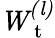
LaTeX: \mathit{W_{\mathrm{~t~}}^{(l)}}